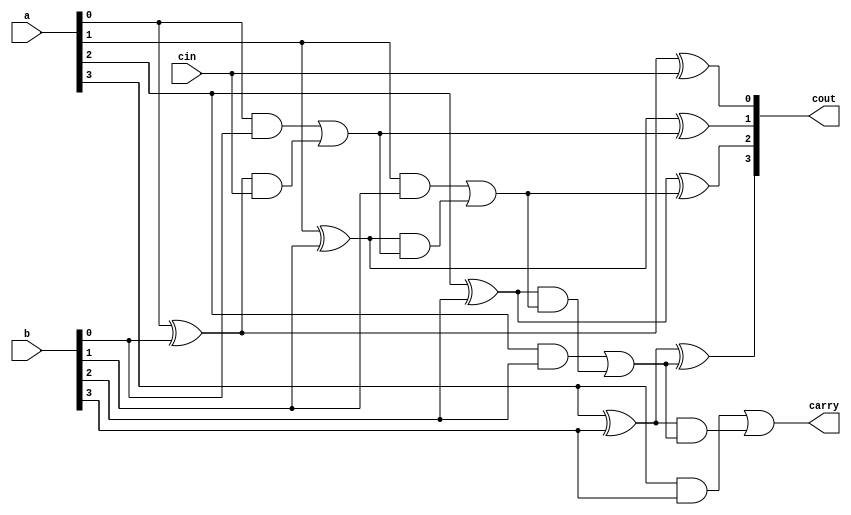
module code7(a,b,cin,cout,carry);
input cin;
input [3:0] a;
input [3:0] b;
wire [2:0] car;
//output cout,carry;
output [3:0] cout;
output carry;
//wire w1,w2,w3;
wire [3:0] w1;
wire [3:0] w2;
wire [3:0] w3;
xor #(10) g1(w1[0],a[0],b[0]);
and #(5) g2(w2[0],a[0],b[0]);
and #(5) g3(w3[0],w1[0],cin);
xor #(10) g4(cout[0],w1[0],cin);
or #(5) g5(car[0],w2[0],w3[0]);


xor #(10) g6(w1[1],a[1],b[1]);
and #(5) g7(w2[1],a[1],b[1]);
and #(5) g8(w3[1],w1[1],car[0]);
xor #(10) g9(cout[1],w1[1],car[0]);
or #(5) g10(car[1],w2[1],w3[1]);


xor #(10) g11(w1[2],a[2],b[2]);
and #(5) g12(w2[2],a[2],b[2]);
and #(5) g13(w3[2],w1[2],car[1]);
xor #(10) g14(cout[2],w1[2],car[1]);
or #(5) g15(car[2],w2[2],w3[2]);


xor #(10) g16(w1[3],a[3],b[3]);
and #(5) g26(w2[3],a[3],b[3]);
and #(5) g36(w3[3],w1[3],car[2]);
xor #(10) g46(cout[3],w1[3],car[2]);
or #(5) g55(carry,w2[3],w3[3]);

endmodule